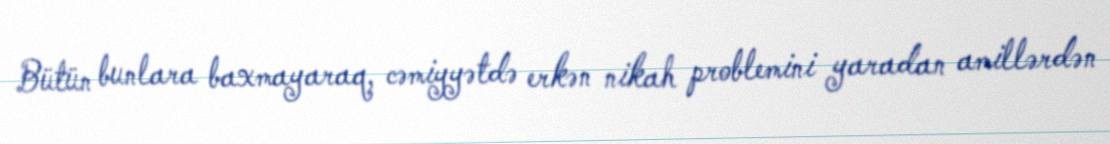
Bütün bunlara baxmayaraq, cəmiyyətdə erkən nikah problemini yaradan amillərdən